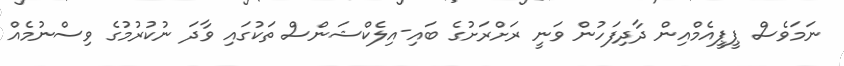
ނަމަވެސް ޕީޕީއެމްއިން ދާދިފަހުން ވަނީ ރަށްރަށުގެ ބައި-އިލެކްޝަންސް ތަކުގައި ވާދަ ނުކުރުމުގެ ވިސްނުމެއް